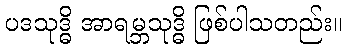
ပဒသုဒ္ဓိ အာရမ္ဘသုဒ္ဓိ ဖြစ်ပါသတည်း။